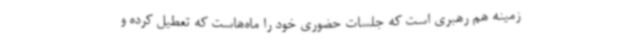
زمینه هم رهبری است که جلسات حضوری خود را ماه‌هاست که تعطیل کرده و